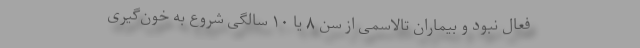
فعال نبود و بیماران تالاسمی از سن ۸ یا ۱۰ سالگی شروع به خون‌گیری